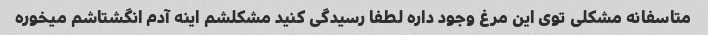
متاسفانه مشکلی توی این مرغ وجود داره لطفا رسیدگی کنید مشکلشم اینه آدم انگشتاشم میخوره